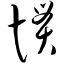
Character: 惯